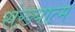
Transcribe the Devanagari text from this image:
संख्यात्म